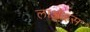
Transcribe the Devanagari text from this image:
लाओइस